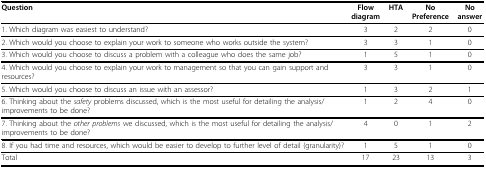
<table><thead><tr><td><b>Question</b></td><td><b>Flowdiagram</b></td><td><b>HTA</b></td><td><b>NoPreference</b></td><td><b>Noanswer</b></td></tr></thead><tbody><tr><td>1. Which diagram was easiest to understand?</td><td>3</td><td>2</td><td>2</td><td>0</td></tr><tr><td>2. Which would you choose to explain your work to someone who works outside the system?</td><td>3</td><td>3</td><td>1</td><td>0</td></tr><tr><td>3. Which would you choose to discuss a problem with a colleague who does the same job?</td><td>1</td><td>5</td><td>1</td><td>0</td></tr><tr><td>4. Which would you choose to explain your work to management so that you can gain support and resources?</td><td>3</td><td>3</td><td>1</td><td>0</td></tr><tr><td>5. Which would you choose to discuss an issue with an assessor?</td><td>1</td><td>3</td><td>2</td><td>1</td></tr><tr><td>6. Thinking about the <i>safety </i>problems discussed, which is the most useful for detailing the analysis/improvements to be done?</td><td>1</td><td>2</td><td>4</td><td>0</td></tr><tr><td>7. Thinking about the <i>other problems </i>we discussed, which is the most useful for detailing the analysis/improvements to be done?</td><td>4</td><td>0</td><td>1</td><td>2</td></tr><tr><td>8. If you had time and resources, which would be easier to develop to further level of detail (granularity)?</td><td>1</td><td>5</td><td>1</td><td>0</td></tr><tr><td>Total</td><td>17</td><td>23</td><td>13</td><td>3</td></tr></tbody></table>